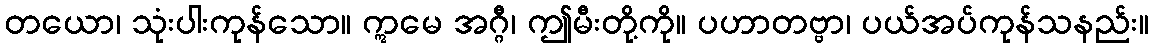
တယော၊ သုံးပါးကုန်သော။ ဣမေ အဂ္ဂီ၊ ဤမီးတို့ကို။ ပဟာတဗ္ဗာ၊ ပယ်အပ်ကုန်သနည်း။